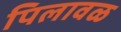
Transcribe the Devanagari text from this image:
पिलावळ